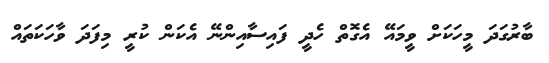
ބާރުގަދަ މީހަކަށް ވީމައޭ އެގޮތް ހެދީ ފައިސާއިންނޭ އެކަން ކުރީ މިފަދަ ވާހަކަތައް